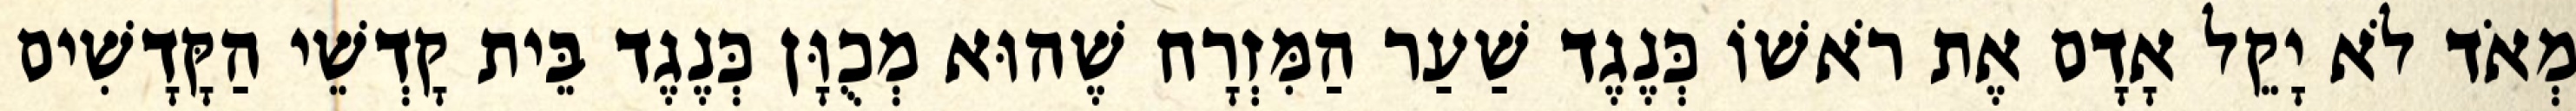
מְאֹד לֹא יָקֵל אָדָם אֶת רֹאשׁוֹ כְּנֶגֶד שַׁעַר הַמִּזְרָח שֶׁהוּא מְכֻוָּן כְּנֶגֶד בֵּית קָדְשֵׁי הַקָּדָשִׁים